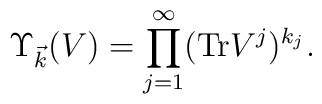
\Upsilon_{\vec k} (V)=\prod_{j=1}^{\infty} ({\rm Tr} V^j)^{k_j}.